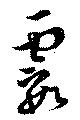
霞